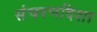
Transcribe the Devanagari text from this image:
संचरणदिशा